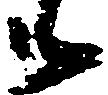
候